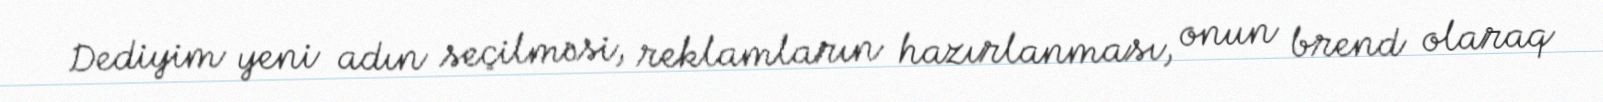
Dediyim yeni adın seçilməsi, reklamların hazırlanması, onun brend olaraq